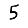
Digit: 5